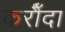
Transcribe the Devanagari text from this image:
करौँदा